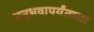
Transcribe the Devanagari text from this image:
अनुभवापर्यंतच्या